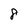
Character: 8